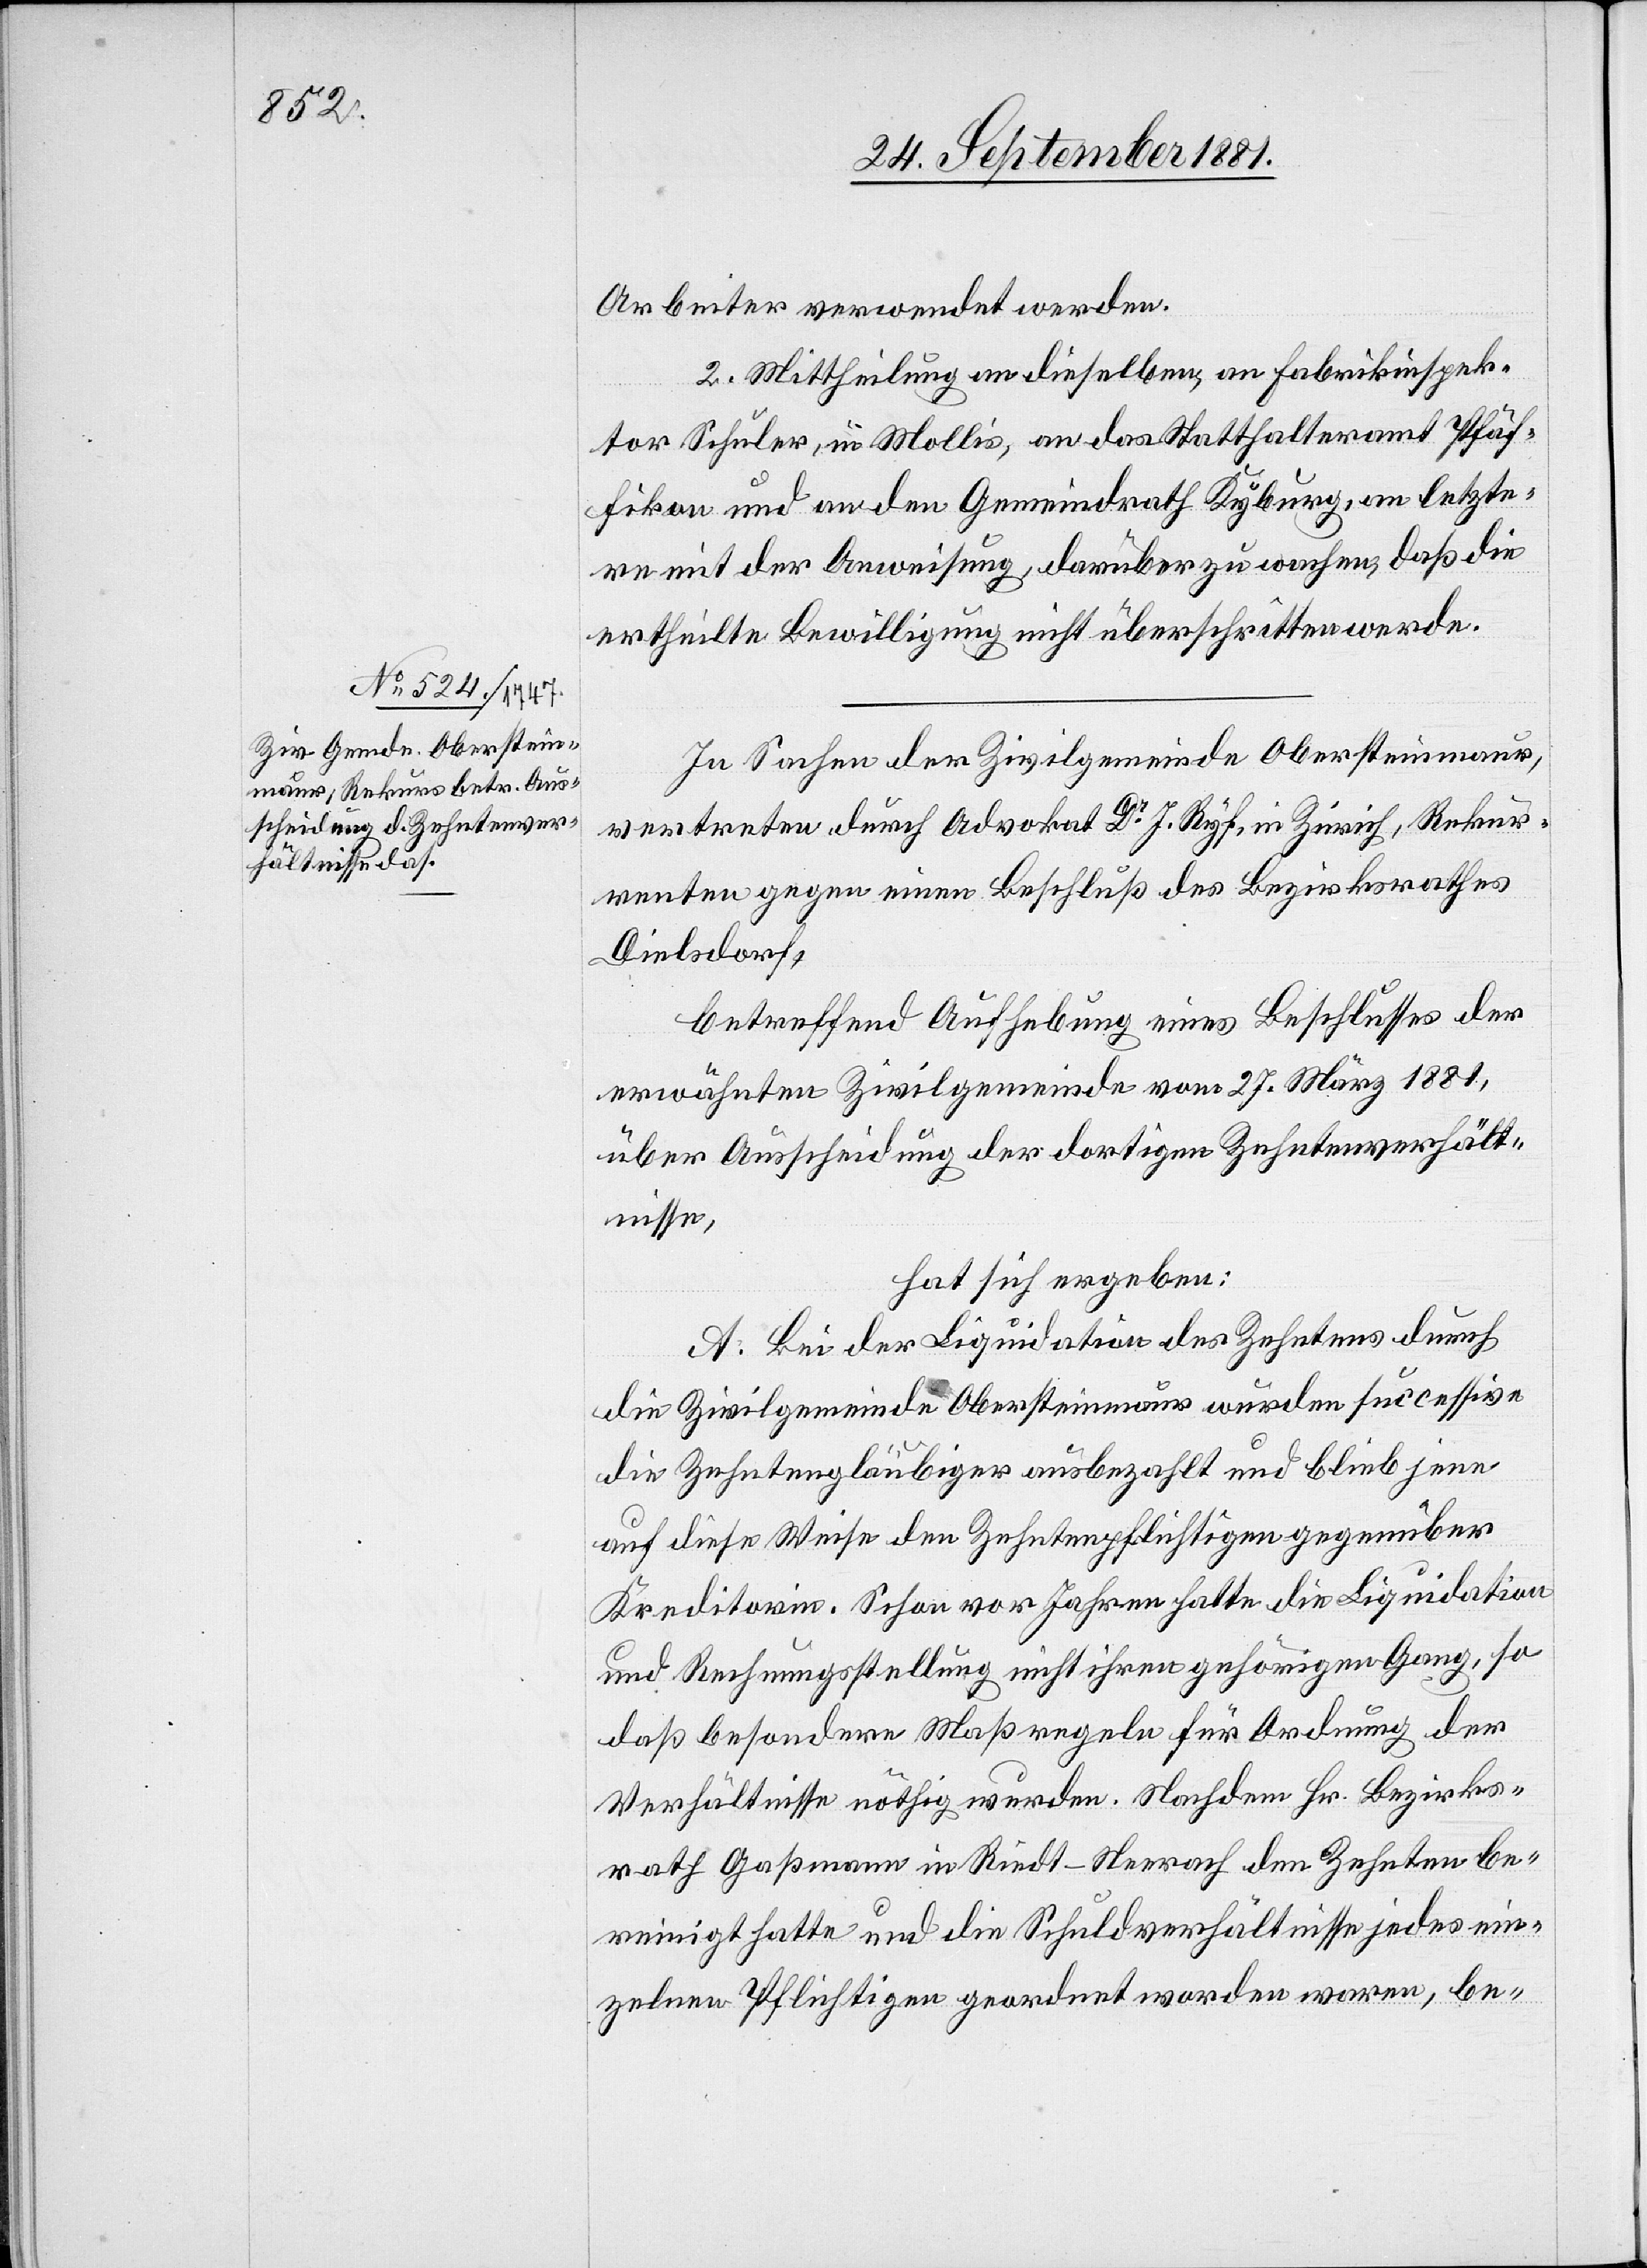
Arbeiter verwendet werden.
2. Mittheilung an dieselben, an Fabrikinspek¬
tor Schuler, in Mollis, an das Statthalteramt Pfäf¬
fikon und an den Gemeindrath Kyburg, an letzte¬
rn mit der Anweisung, darüber zu wachen, daß die
ertheilte Bewilligung nicht überschritten werde.
In Sachen der Zivilgemeinde Obersteinmaur,
vertreten durch Advokat Dr J. Ryf, in Zürich, Rekur¬
renten gegen einen Beschluß des Bezirksrathes
Dielsdorf,
betreffend Aufhebung eines Beschlusses der
erwähnten Zivilgemeinde vom 27. März 1881,
über Ausscheidung der dortigen Zehntenverhält¬
nisse,
hat sich ergeben:
A. Bei der Liquidation des Zehntens durch
die Zivilgemeinde Obersteinmaur wurden successive
die Zehntengläubiger ausbezahlt und blieb jene
auf diese Weise den Zehntenpflichtigen gegenüber
Kreditorin. Schon vor Jahren hatte die Liquidation
und Rechnungsstellung nicht ihren gehörigen Gang, so
daß besondere Maßregeln für Ordnung der
Verhältnisse nöthig wurden. Nachdem Hr. Bezirks¬
rath Gaßmann in Riedt - Neerach den Zehnten be¬
reinigt hatte und die Schuldverhältnisse jedes ein¬
zelnen Pflichtigen geordnet worden waren, be-